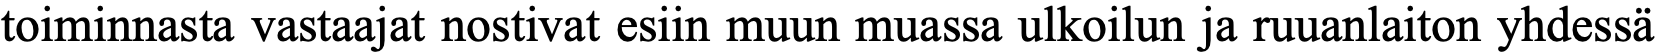
toiminnasta vastaajat nostivat esiin muun muassa ulkoilun ja ruuanlaiton yhdessä